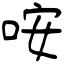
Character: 咹